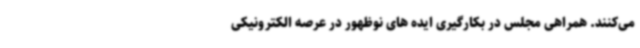
می‌کنند. همراهی مجلس در بکارگیری ایده های نوظهور در عرصه الکترونیکی